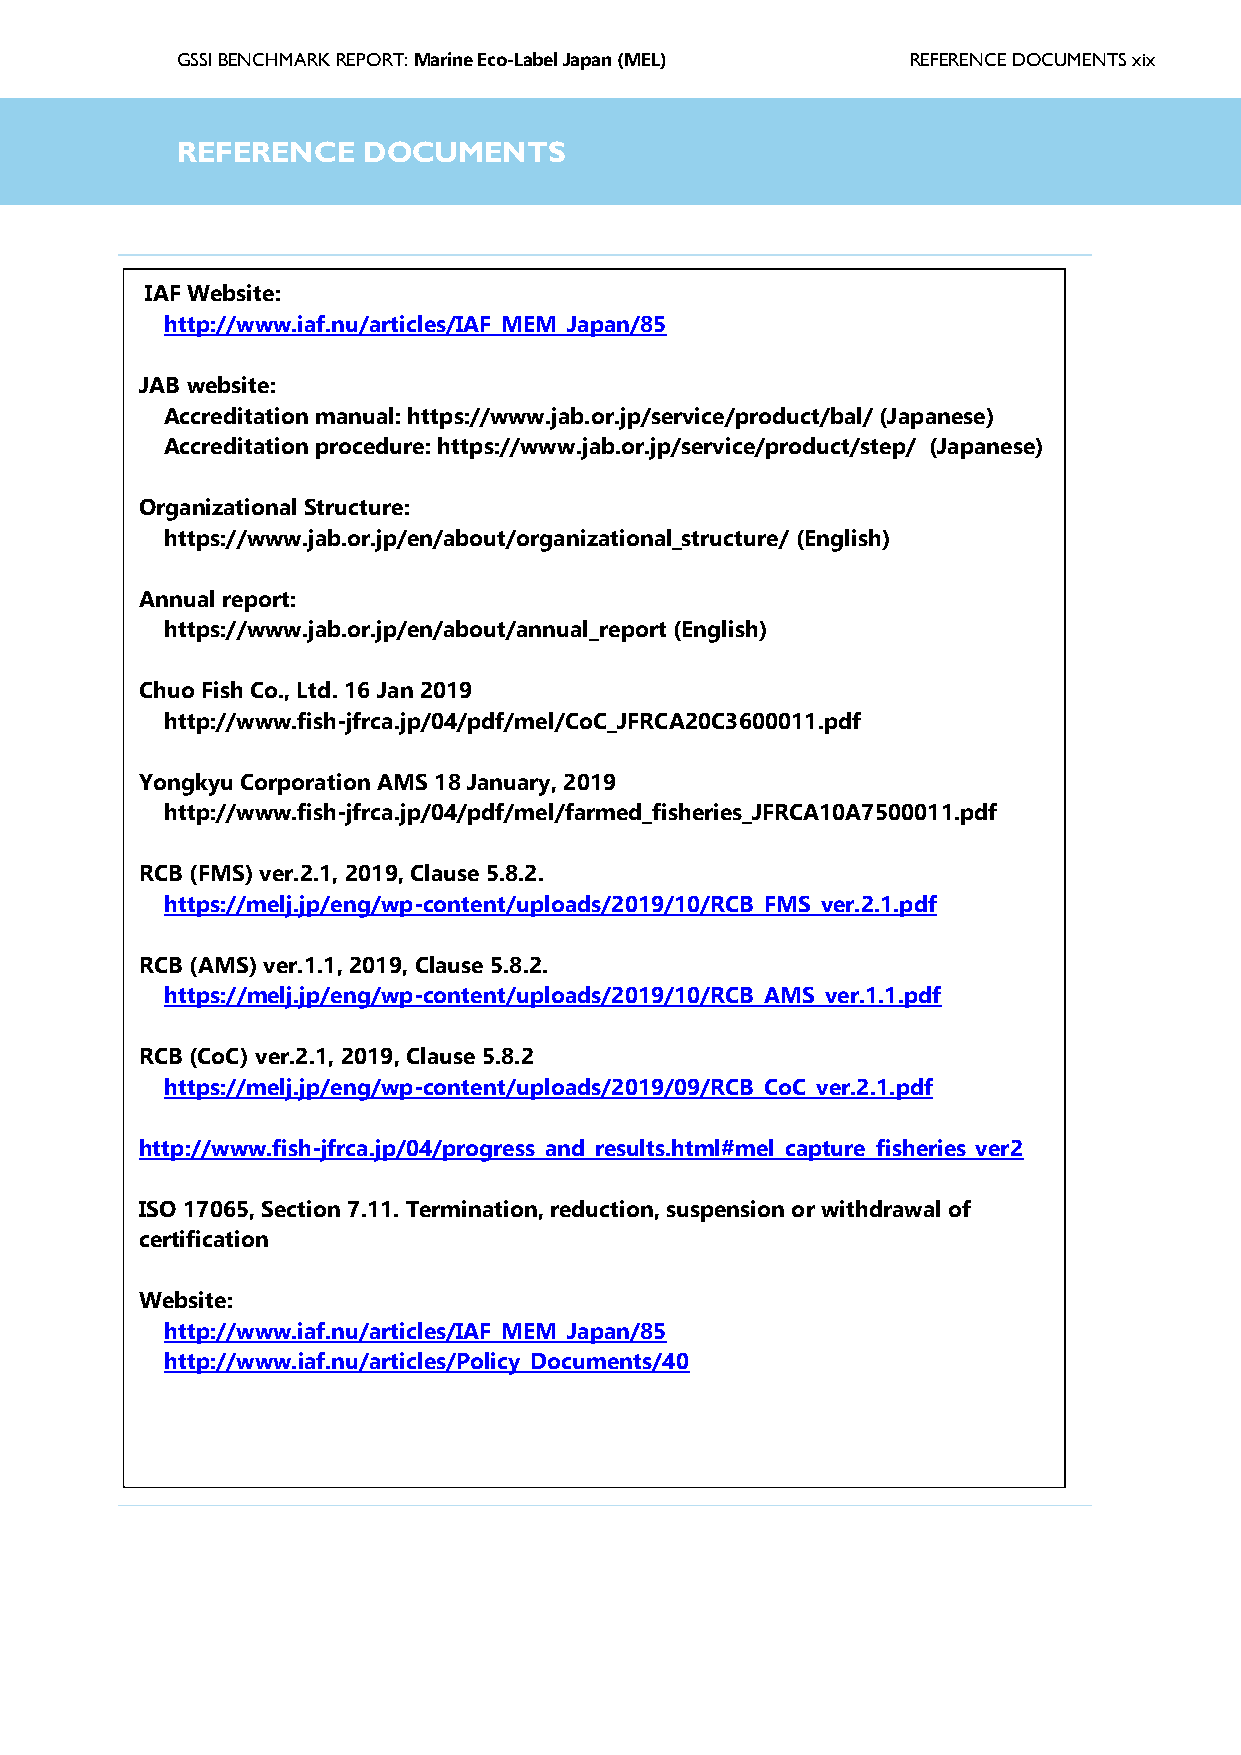
GSSI BENCHMARK REPORT: Marine Eco-Label Japan (MEL) REFERENCE DOCUMENTS xix
 GSSIR  EGFlEoRsEsNaCrEy DOCUMENTS
 IAF Website:
 http://www.iaf.nu/articles/IAF_MEM_Japan/85
 JAB website:
 Accreditation manual: https://www.jab.or.jp/service/product/bal/ (Japanese)
 Accreditation procedure: https://www.jab.or.jp/service/product/step/ (Japanese)
 Organizational Structure:
 https://www.jab.or.jp/en/about/organizational_structure/ (English)
 Annual report:
 https://www.jab.or.jp/en/about/annual_report (English)
 Chuo Fish Co., Ltd. 16 Jan 2019
 http://www.fish-jfrca.jp/04/pdf/mel/CoC_JFRCA20C3600011.pdf
 Yongkyu Corporation AMS 18 January, 2019
 http://www.fish-jfrca.jp/04/pdf/mel/farmed_fisheries_JFRCA10A7500011.pdf
 RCB (FMS) ver.2.1, 2019, Clause 5.8.2.
 https://melj.jp/eng/wp-content/uploads/2019/10/RCB_FMS_ver.2.1.pdf
 RCB (AMS) ver.1.1, 2019, Clause 5.8.2.
 https://melj.jp/eng/wp-content/uploads/2019/10/RCB_AMS_ver.1.1.pdf
 RCB (CoC) ver.2.1, 2019, Clause 5.8.2
 https://melj.jp/eng/wp-content/uploads/2019/09/RCB_CoC_ver.2.1.pdf
 http://www.fish-jfrca.jp/04/progress_and_results.html#mel_capture_fisheries_ver2
 ISO 17065, Section 7.11. Termination, reduction, suspension or withdrawal of
 certification
 Website:
 http://www.iaf.nu/articles/IAF_MEM_Japan/85
 http://www.iaf.nu/articles/Policy_Documents/40